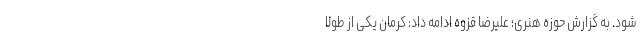
شود. به گزارش حوزه هنری؛ علیرضا قزوه ادامه داد: کرمان یکی از طولا